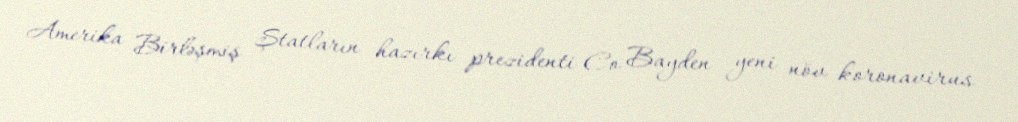
Amerika Birləşmiş Ştatların hazırkı prezidenti Co Bayden yeni növ koronavirus